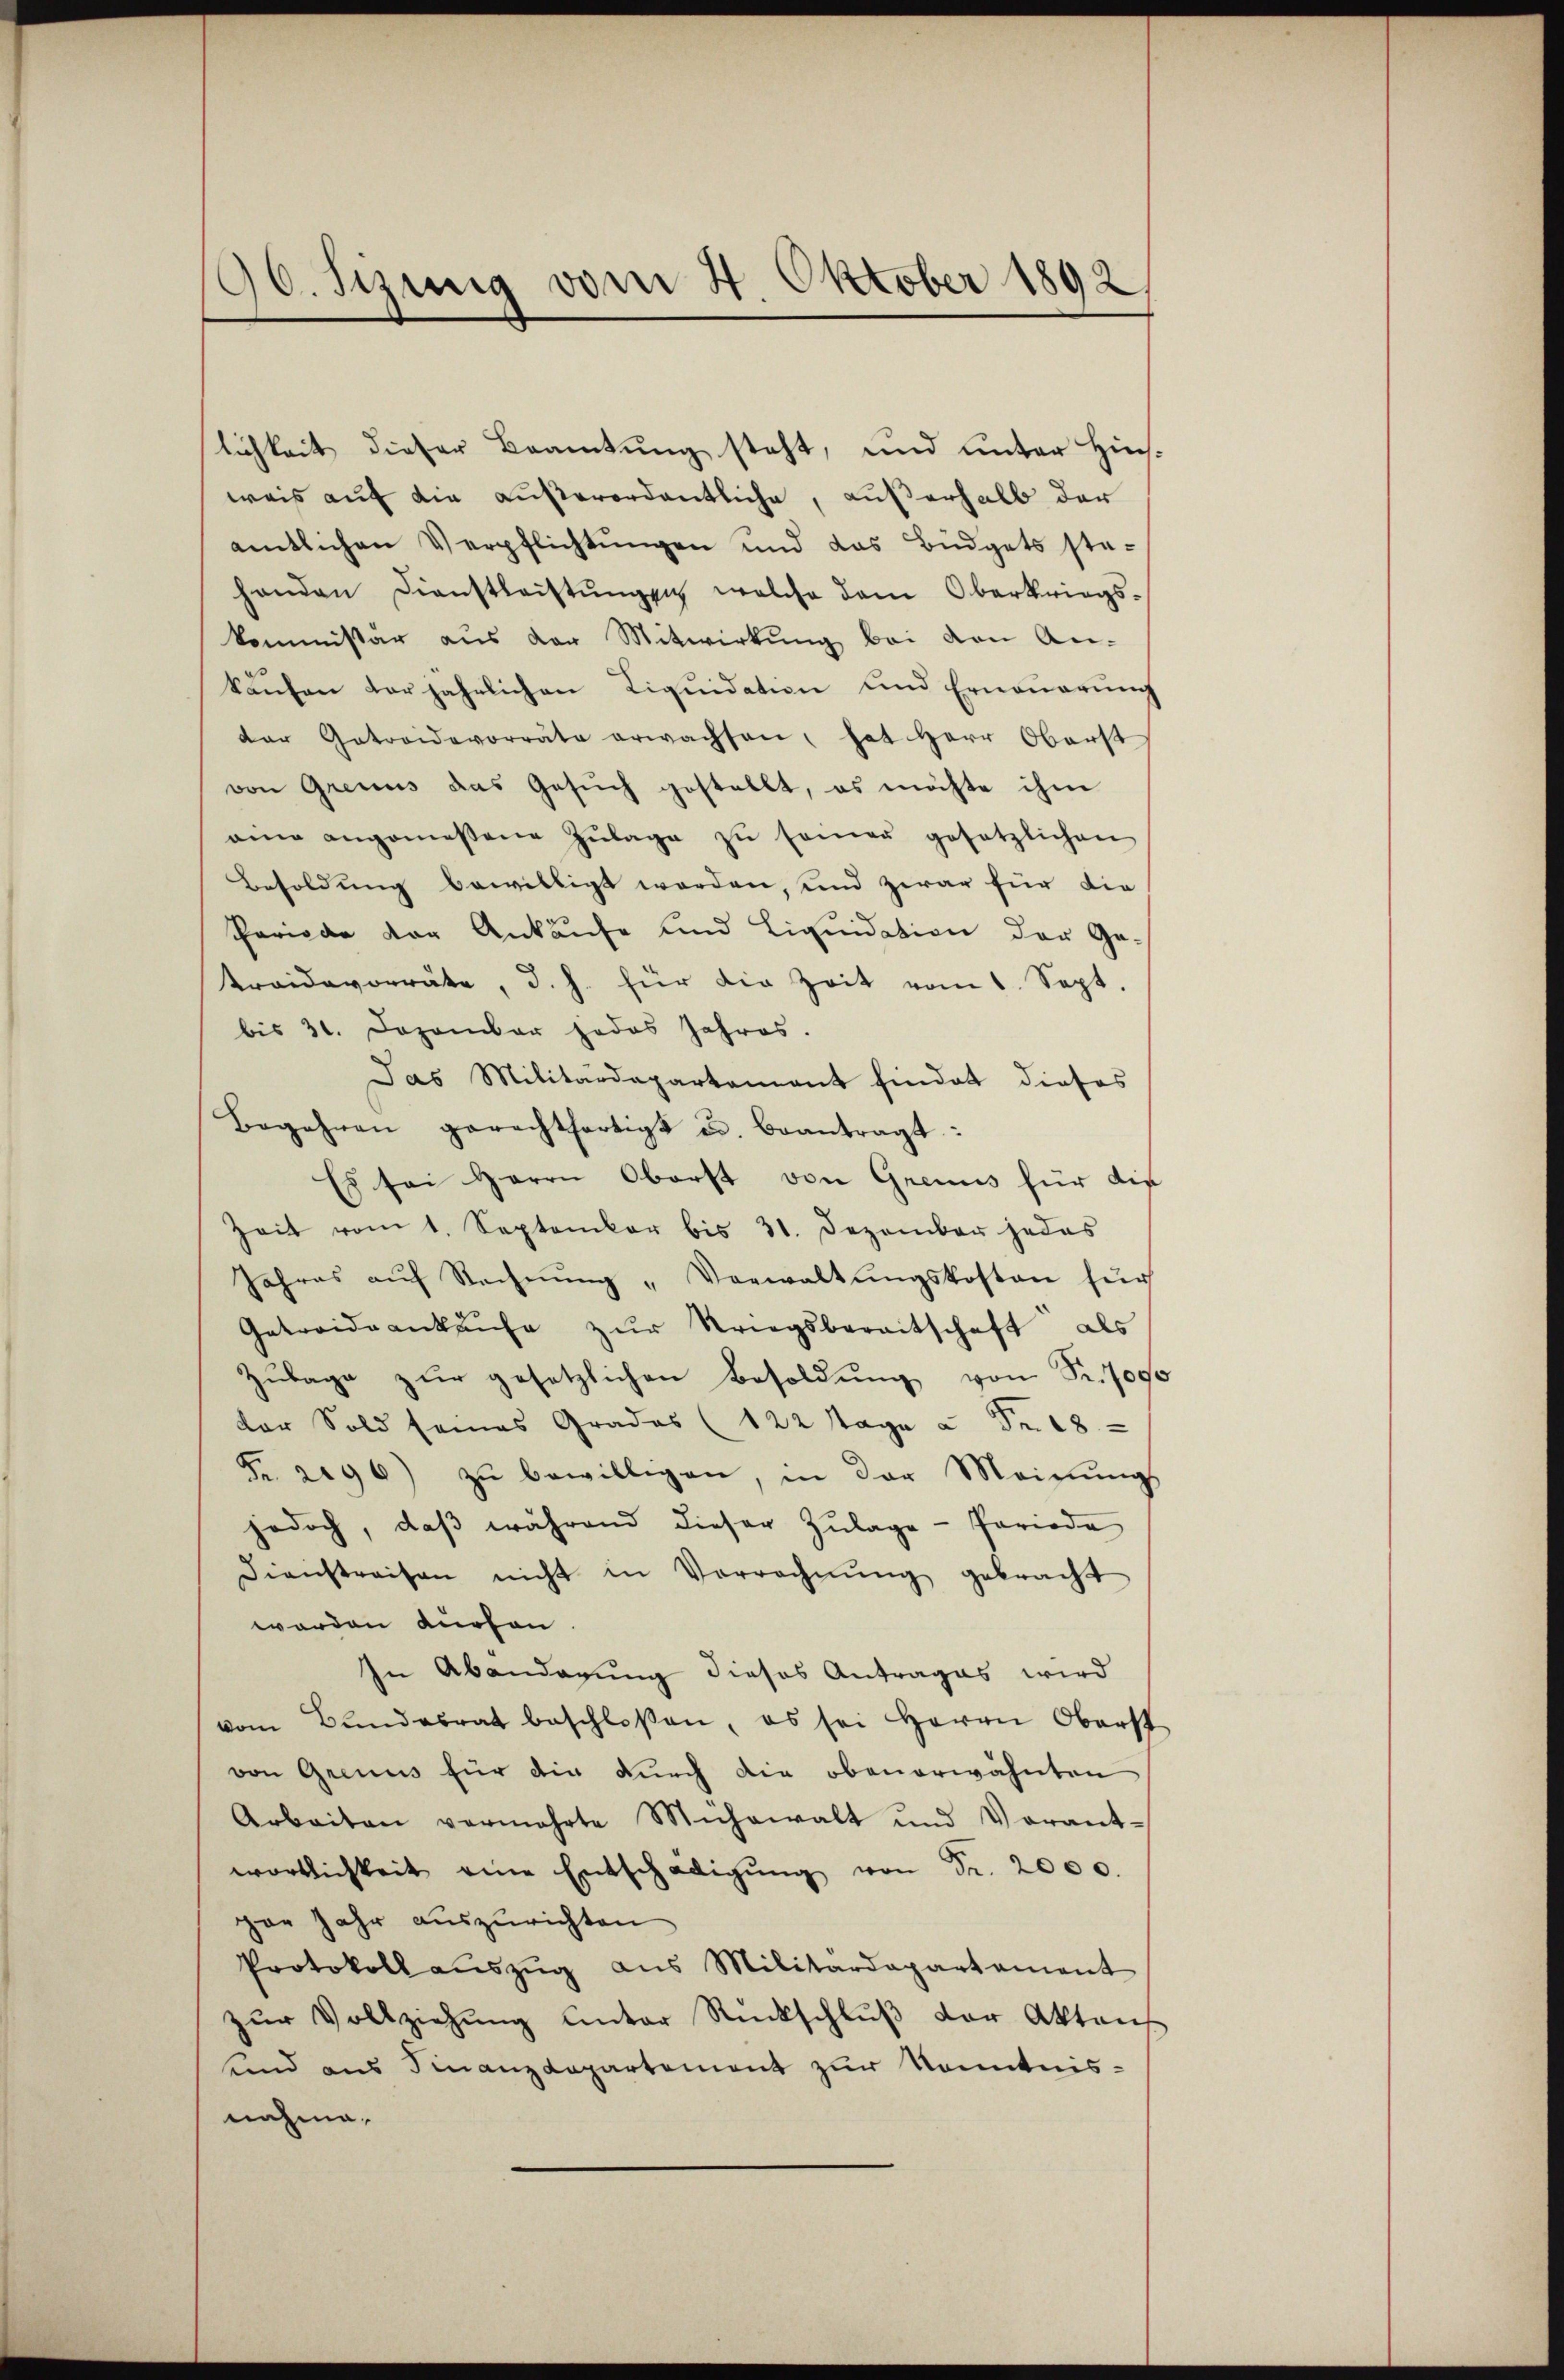
90. Sizung vom 4. Oktober 1892

lichkeit dieser Beamtung steht, und unter Hinsweis auf die außerordentliche, außerhalb der
amtlichen Verpflichtŭngen und das Büdgets sta-
handen Dienstleistŭngen welche dem Oberkriegs-
kommissär aus der Mitwirkung bei den An-
kaŭfen derjährlichen Liqŭidation und Erneŭerŭng
der Gatroidevorräte erwachsen, hat Herr Oberst
von Grenus das Gesŭch gestellt, es möchte ihm
eine angemessene Zŭlage zŭ seiner gesetzlichen
Besoldung bewilligt worden, und zwar für die
Periode vor Ankäufe und Liquidation der Ge-
treidevorräte, d. h. für die Zeit vom 1. Sept.
bis 31. Dezember jedes Jahres.
Das Militärdepartament findet dieses
Begehren gerechtfertigt u. beantragt:
Es sei Herrn Oberst von Grenns für die
Zeit vom 1. September bis 31. Dezember jedes
Jahres aŭf Rechnŭng „Verwaltŭngskosten für
Getreidankaŭfe zŭr Kriegsbereitschaft als
Zŭlage zŭr gesetzlichen Besoldŭng von Fr. 700fr
der Sold seines Grades (122 Tage u Fr. 18
Fr. 2296) zŭ bewilligen, in der Meinŭngs
jedoch, daβ während dieser Zŭlage-Periode
Dienstreisen nicht in Verrechnŭng gebracht
worden Kuchen
In Abenderung dieses Antrages wird
vom Bundesrat beschloßen, es sei Herrn Oberst
von Grenus für die durch die obenerwähnten
Arbeiten vermehrte Mühewalt und Verant-
wörtlichkeit eine Entschädigŭng von Fr. 2000.
par Jahr auszurichten
Protokoll aŭszŭg aŭs Militärdepartement
zŭr Vollziehŭng unter Rückschlŭβ der Aktens
und aus Finanzdepartement zur Kenntnis-
nahme.